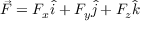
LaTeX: { \vec { F } } = F _ { x } { \hat { i } } + F _ { y } { \hat { j } } + F _ { z } { \hat { k } }